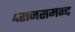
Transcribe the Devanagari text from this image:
४राजसमन्द